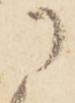
に